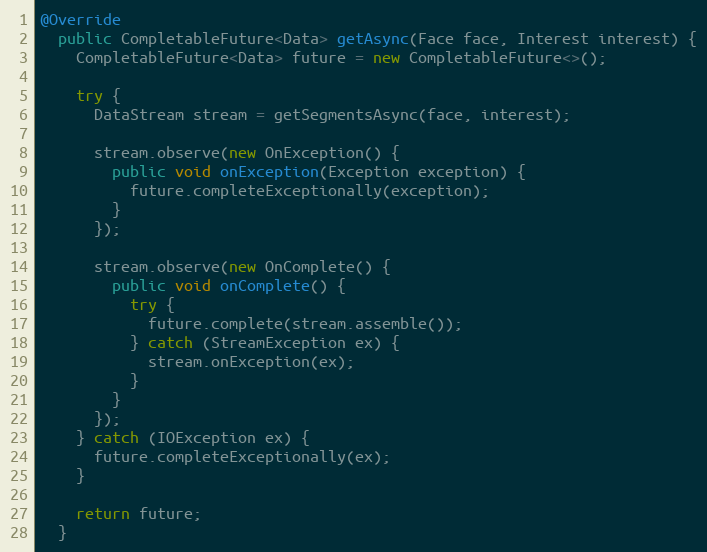
Language: Java
@Override
  public CompletableFuture<Data> getAsync(Face face, Interest interest) {
    CompletableFuture<Data> future = new CompletableFuture<>();

    try {
      DataStream stream = getSegmentsAsync(face, interest);

      stream.observe(new OnException() {
        public void onException(Exception exception) {
          future.completeExceptionally(exception);
        }
      });

      stream.observe(new OnComplete() {
        public void onComplete() {
          try {
            future.complete(stream.assemble());
          } catch (StreamException ex) {
            stream.onException(ex);
          }
        }
      });
    } catch (IOException ex) {
      future.completeExceptionally(ex);
    }

    return future;
  }